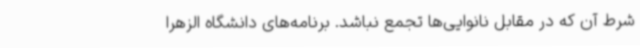
شرط آن که در مقابل نانوایی‌ها تجمع نباشد. برنامه‌های دانشگاه الزهرا